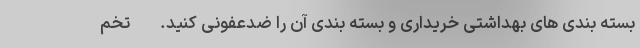
بسته بندی های بهداشتی خریداری و بسته بندی آن را ضدعفونی کنید. - تخم